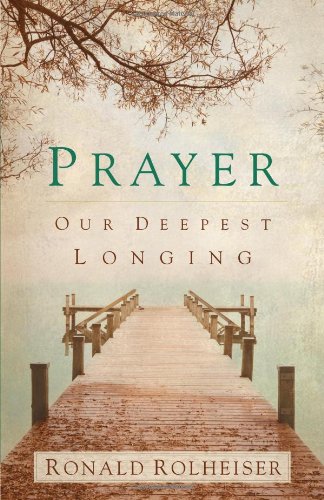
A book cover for Prayer: Our Deepest Longing; Ronald Rolheiser; Religion & Spirituality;